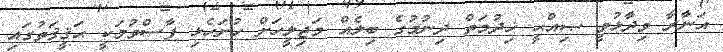
އަނާރާ ވިދާޅުވީ ޞިއްޙީ ޚިދުމަތް ދިނުމުގެ ބިލެއް މަޖިލީހަށް ހުށަހެޅި ފާސްވުމަކީ ޙަޤީޤަތުގައި